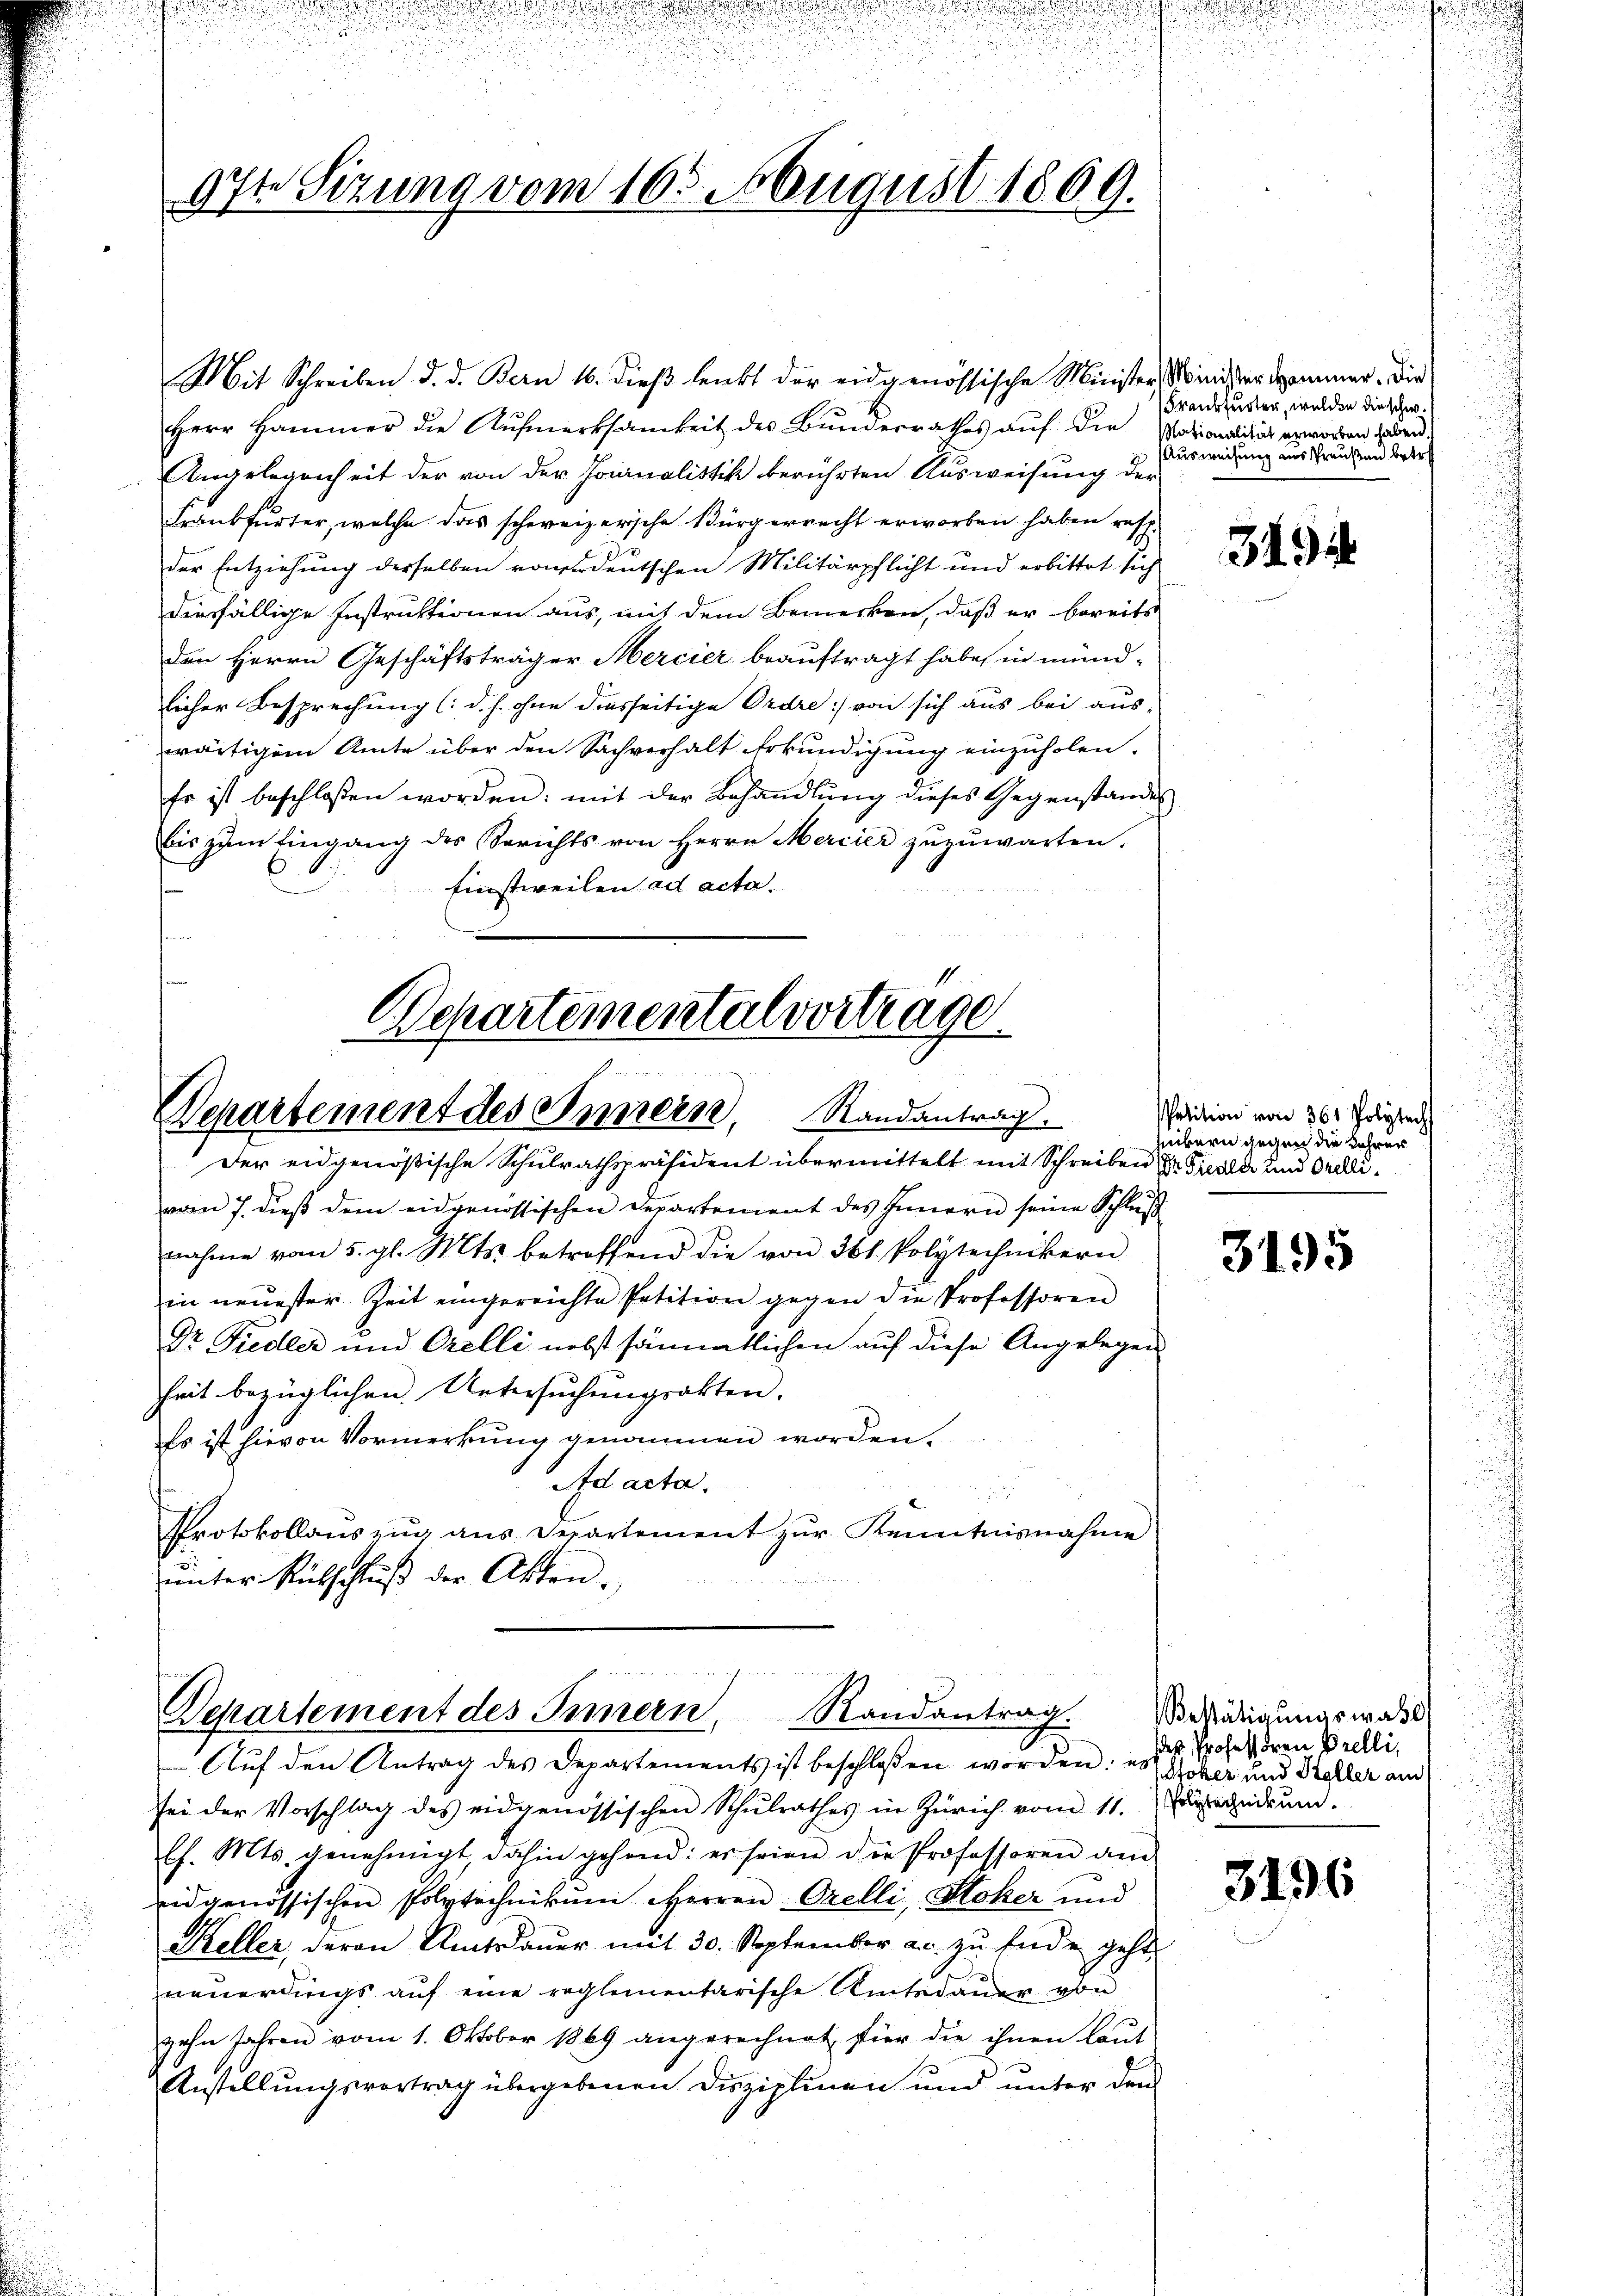
.

97te Sizung vom 16. August 1869.

Mit Schreiben d. d. Bern 16. dieβ lenkt der eidgenössische Minister Minder Sommer. Die
Herr Hammer die Aufmerksamkeit des Bunderrathes auf die Nationalität erworben haben.
Angelegenheit der von der Journalistik berührten Ausweisung der
Frankfurter, welche das schweizerische Bürgerrecht erworben haben resp.
der Entziehung derselben vonerdeutschen Militärpflicht und erbittet sich
diesfällige Instruktionen aus, mit dem Bemerken, daß er bereits
den Herrn Geschäftsträger Mercier beauftragt habe, in münd-
licher Besprechung (d. h. ohne diesseitige Ordre :/ von sich aus bei aus-
wärtigem Amte über den Sachverhalt Erkundigung einzuholen.
Er ist beschlossen worden: mit der Behandlung dieses Gegenstandes
bis zum Eingang des Berichts von Herrn Mercier zuzuwarten.
Einstweilen ad acta.
42

Departementalvortrage.
Separtement des Innern, Randantrag.
Der eidgenößische Schulrathspräsident übermittelt mit Schreiben der Freude und Orelli¬

Randantrag.
Departement des Innern.
 Aŭf den Antrag des Departements ist beschlossen worden: es Acker und Keller am

.

vom 7. dieß dem eidgenössischen Departement des Innern seine Schluß
nahme vom 5. gl. Mts. betreffend die von 361 Polytechnikern
in neuester Zeit eingereichte Petition gegen die Professoren
Dr. Fiedler und Orelli nebst sämmtlichen auf diese Angelegen
heit bezüglichen Untersuchungsakten.
Es ist hievon Vormerkung genommen worden.
Ad acta.
Protokollauszug aus Departement zur Kenntnisnahme
ŭnter Rückschluß der Akten.

sei der Vorschlag des eidgenössischen Schŭlrathes in Zürich vom 11. Feindrum.
lh. Mts. genehmigt dahin gehend: er seien die Professoren am
eidgenössischen Polytechnikum Herren Orelli, Stoker und
Keller, deren Amtsdaŭer mit 30. September ac. zu Ende geht
neuerdings auf eine reglementarische Amtsdauer von
zehn Jahren vom 1. Oktober 1869 angerechnet stier die ihnen laŭt
Anstellŭngsvortrag übergebenen Disziplinen und ŭnter den

Frankfurter, welden die schw.
Ausweisung aus Preußen betret

u

u

3494

Petition von 361 Polytech
heibern gegen die Lehrer

3195

Bestätigungswahl
der Professoren Prelli,

3196